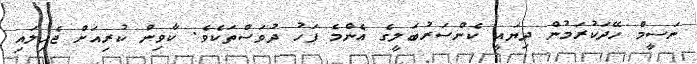
ނަސީމް ހޭދަކުރަމުން ދިޔައީ ކެންސަރުބަލީގެ އެންމެ ފަހު ދުވަސްތަކެވެ. ކާވިން ކުރިއަށް ޖެހިލައި